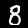
Label: 8